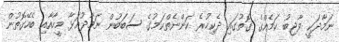
ނަމާދަކީ ވާޖިބު ކަމެއްގެ ގޮތުގައި ދެކިހުރެ ކަންނެތްކަމުގެ ސަބަބުން ނަމާދުއަޅާ މީހާއާއި ބެހޭގޮތުން